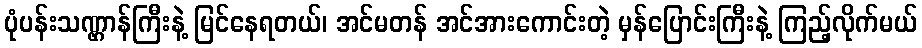
ပုံပန်းသဏ္ဌာန်ကြီးနဲ့ မြင်နေရတယ်၊ အင်မတန် အင်အားကောင်းတဲ့ မှန်ပြောင်းကြီးနဲ့ ကြည့်လိုက်မယ်